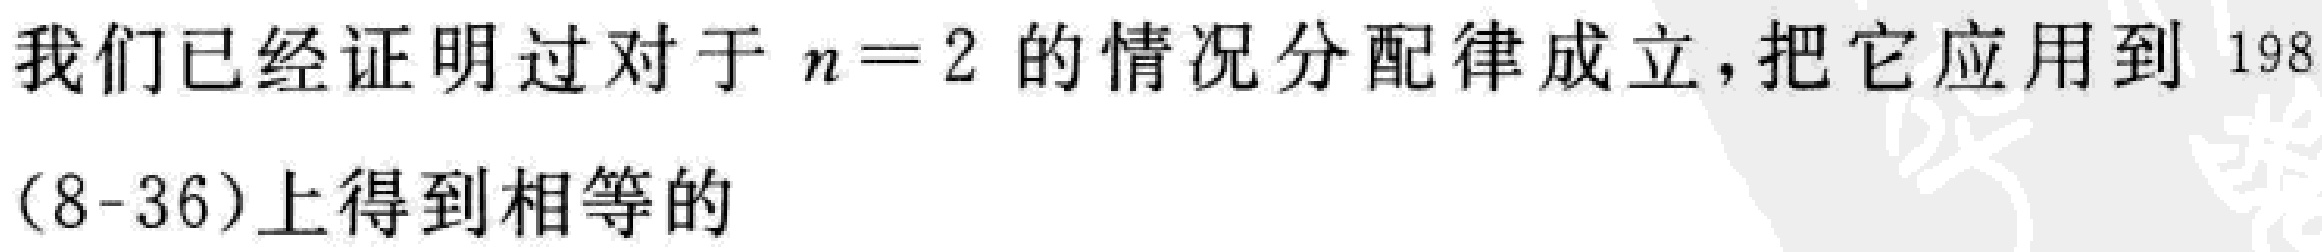
我们已经证明过对于 \(n = 2\) 的情况分配律成立，把它应用到 198

(8-36)上得到相等的